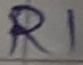
Text: R1